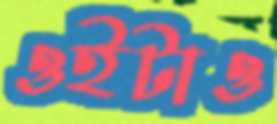
ওইটাও